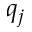
q _ { j }